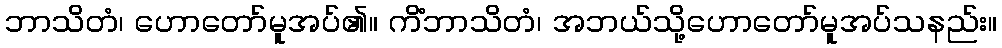
ဘာသိတံ၊ ဟောတော်မူအပ်၏။ ကိံဘာသိတံ၊ အဘယ်သို့ဟောတော်မူအပ်သနည်း။